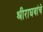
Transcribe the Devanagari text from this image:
श्रीराघवांचे